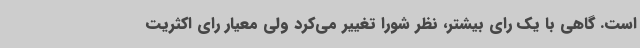
است. گاهی با یک رای بیشتر، نظر شورا تغییر می‌کرد ولی معیار رای اکثریت